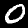
Digit: 0